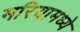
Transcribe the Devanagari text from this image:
मरियामध्ये